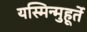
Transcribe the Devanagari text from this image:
यस्मिन्मुहूर्ते